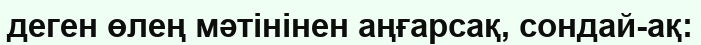
деген өлең мәтінінен аңғарсақ, сондай-ақ: